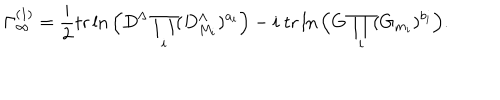
\Gamma _ { \infty } ^ { ( 1 ) } = \frac { i } { 2 } \mathrm { t r } \ln \Big ( D ^ { \Lambda } \prod _ { i } ( D _ { M _ { i } } ^ { \Lambda } ) ^ { a _ { i } } \Big ) - i \ \mathrm { t r } \ln \Big ( G \prod _ { i } ( G _ { m _ { i } } ) ^ { b _ { i } } \Big ) .